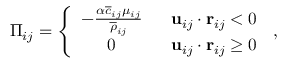
\Pi _ { i j } = \left\{ \begin{array} { c r } { - \frac { \alpha \overline { { c } } _ { i j } \mu _ { i j } } { \overline { { \rho } } _ { i j } } } & { \: \: \: \mathbf { u } _ { i j } \cdot \mathbf { r } _ { i j } < 0 } \\ { 0 } & { \: \: \: \mathbf { u } _ { i j } \cdot \mathbf { r } _ { i j } \geq 0 } \end{array} \right. \, ,